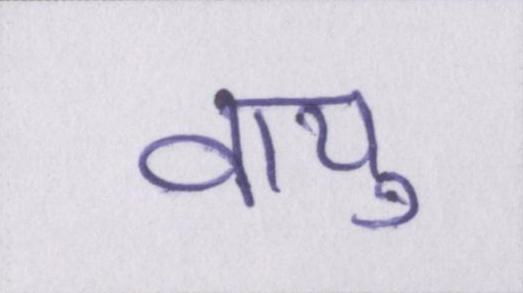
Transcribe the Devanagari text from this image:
वायु